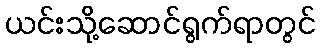
ယင်းသို့ဆောင်ရွက်ရာတွင်